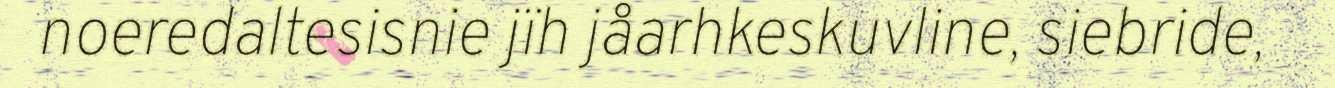
noeredaltesisnie jïh jåarhkeskuvline, siebride,